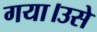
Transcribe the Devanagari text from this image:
गया।उसे